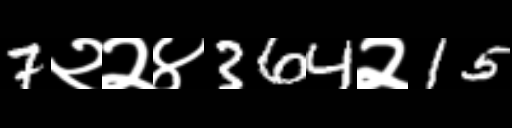
Text: 7२२४364२15